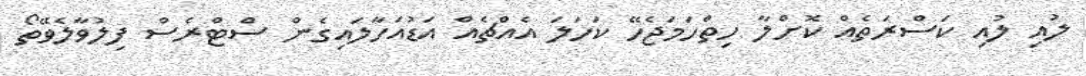
ލުއި ލުއި ކަސްރަތެއް ކޮށްލާ ހިތްހަމަޖެހޭ ކަހަލަ އެއްޗެއް އަޑުއަހާލައިގެން ސްޓްރެސް ފިލުވާލެވޭތޯ